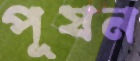
পূষন